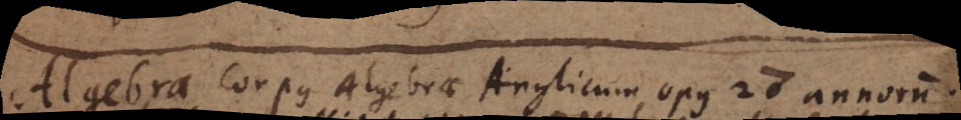
Algebra. Corpus Algebrae Anglicum opus 27 annorum.